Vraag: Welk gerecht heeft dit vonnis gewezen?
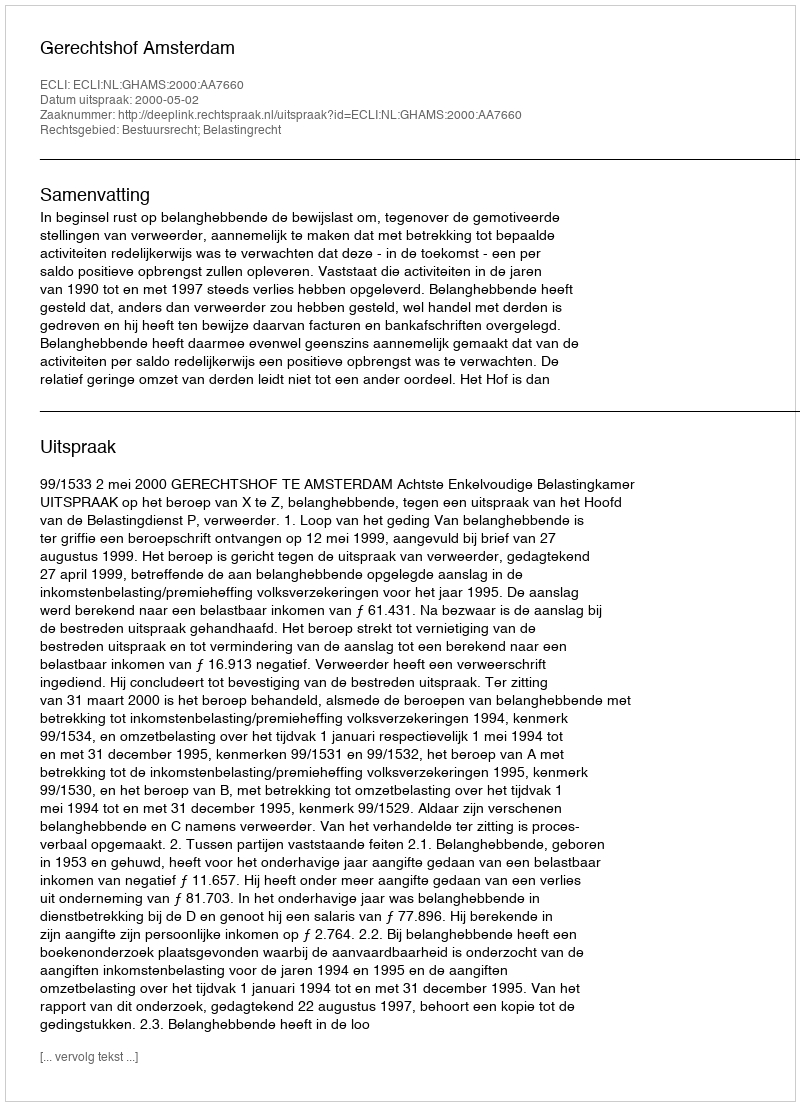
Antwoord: Gerechtshof Amsterdam